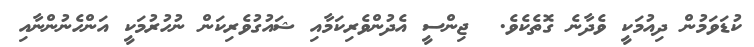
ކުޑަވަމުން ދިއުމަކީ ވެދާނެ ގޮތެކެވެ.  ޖިންސީ އެދުންވެރިކަމާއި ޝައުގުވެރިކަން ނުހުރުމަކީ އަންހެނުންނާއި